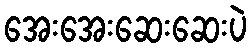
အေးအေးဆေးဆေးပဲ